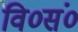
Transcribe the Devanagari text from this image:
वि०सं०